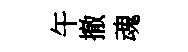
午撤魂